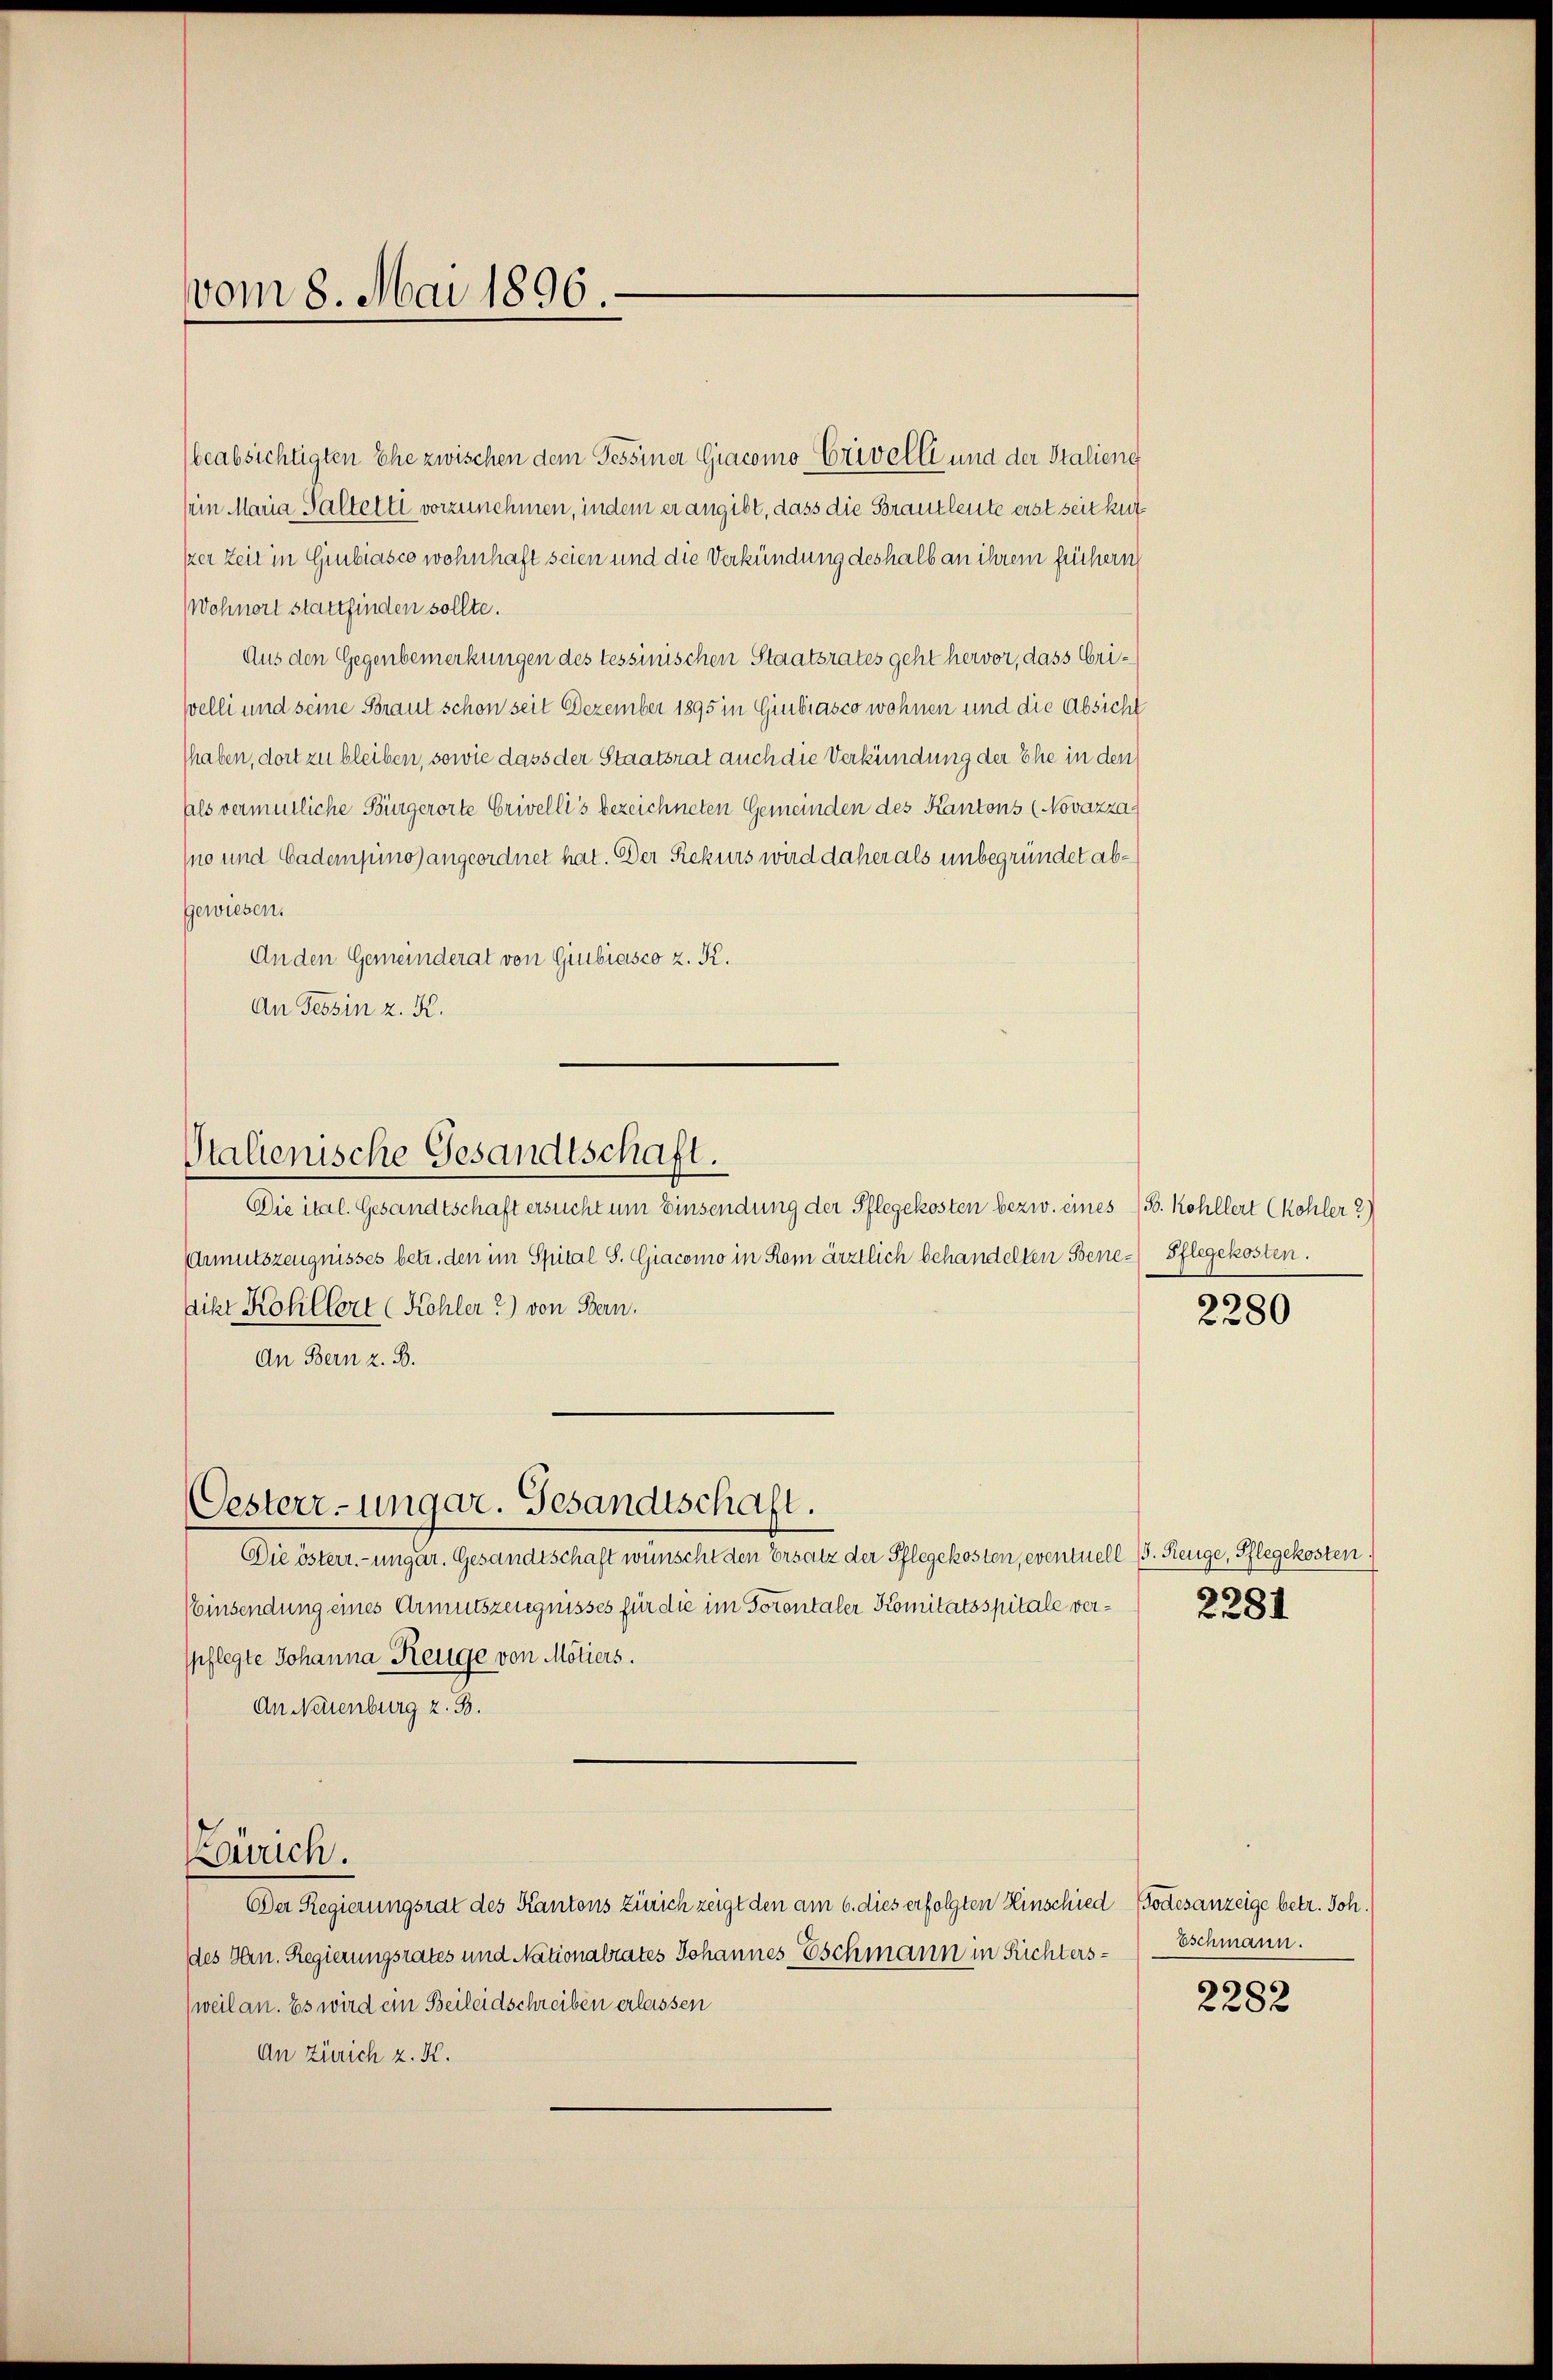
vom 8. Mai 1896.

beabsichtigten Ehe zwischen dem Tessiner Giacomo Erivelli und der Stalieng
sein Maria Saltetti vorzunehmen, indem er angibt, dass die Sorautleute erst seitkut
ker Zeit in Gubiasco wohnhaft seien und die Verkündung deshalb an ihrem frühern
Wohnort stattfinden sollte.
Aus den Gegenbemerkungen des tessinischen Staatsrates geht hervor, dass Eriwelli und seine Braut schon seit Dezember 1895 in Giubiasco wohnen und die Absicht
haben, dort zu bleiben, sowie dass der Staatsrat auch die Verkündung der Ehe in den
aals vermutliche Bürgerorte Crivellis bezeichneten Gemeinden des Kantons (Novazza
Ino und Cadempino) angeordnet hat. Der Rekurs wird daher als unbegründet abgewiesen.
Anden Gemeinderat von Giubiasco z. R.
An Tessin z. K.

Stalienische Gesandtschaft.

Oesterr-ungar. Gesandtschaft.

Die ital. Gesandtschaft ersucht um Einsendung der Pflegekosten bezw. eines (S. Kohllert (Kohler 2)
AArmutszeugnisses betr. den im Spital S. Giacomo in Rom ärztlich behandelten Bene-Pflegekosten.
sikt Kohlbert (Köhler 2) von Bern.
An Bern z. B.
Die österr.-ungar. Gesandtschaft wünscht den Ersatz der Pflegekosten, eventuell I. Reuge, Pflegekosten.
(Einsendung eines Armutszeugnisses für die im Totentaler Komitätsspitale verspflegte Johanna Reuge von Motiers.
An Neuenburg z. B.
Zürich.
Der Regierungsrat des Kantons Zürich zeigt den am 6. dies erfolgten Hinschied (Todesanzeige betr. Joh.
des Hrn. Regierungsrates und Nationalrates Johannes Eschmann in Richters¬
(weil an. Es wird ein Beileidschreiben erlassen
An Zürich z. K.

2280

2281

Eschmann.

2282